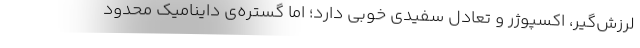
لرزش‌گیر، اکسپوژر و تعادل سفیدی خوبی دارد؛ اما گستره‌ی داینامیک محدود